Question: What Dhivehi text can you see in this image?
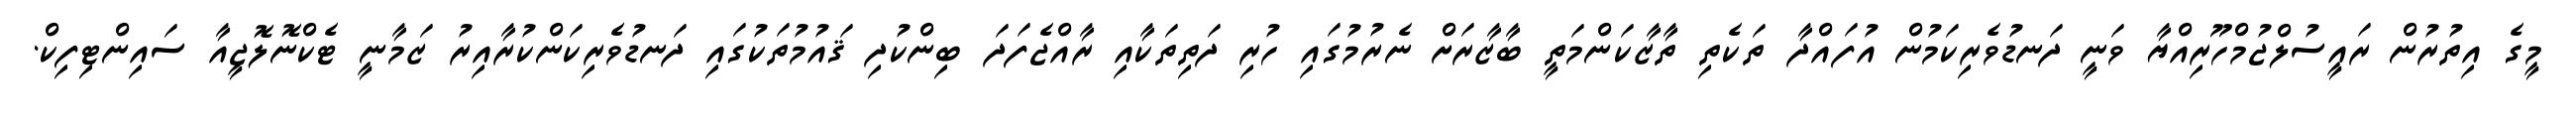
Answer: މީގެ އިތުރުން ރައީސުލްޖުމްހޫރިއްޔާ ވަނީ ދަނޑުވެރިކަމުން އުފައްދާ ތަކެތި ތާޒާކަންމަތީ ބާޒާރަށް ނެރުމުގައި ހުރި ދަތިތަކާއި ރާއްޖެފަދަ ބިންކުދި ޤައުމުތަކުގައި ދަނޑުވެރިކަންކުރާއިރު ޒަމާނީ ޓެކްނޮލޮޖީއާ ސައިންޓިފިކް.